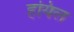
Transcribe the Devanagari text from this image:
हयिल